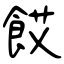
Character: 餀